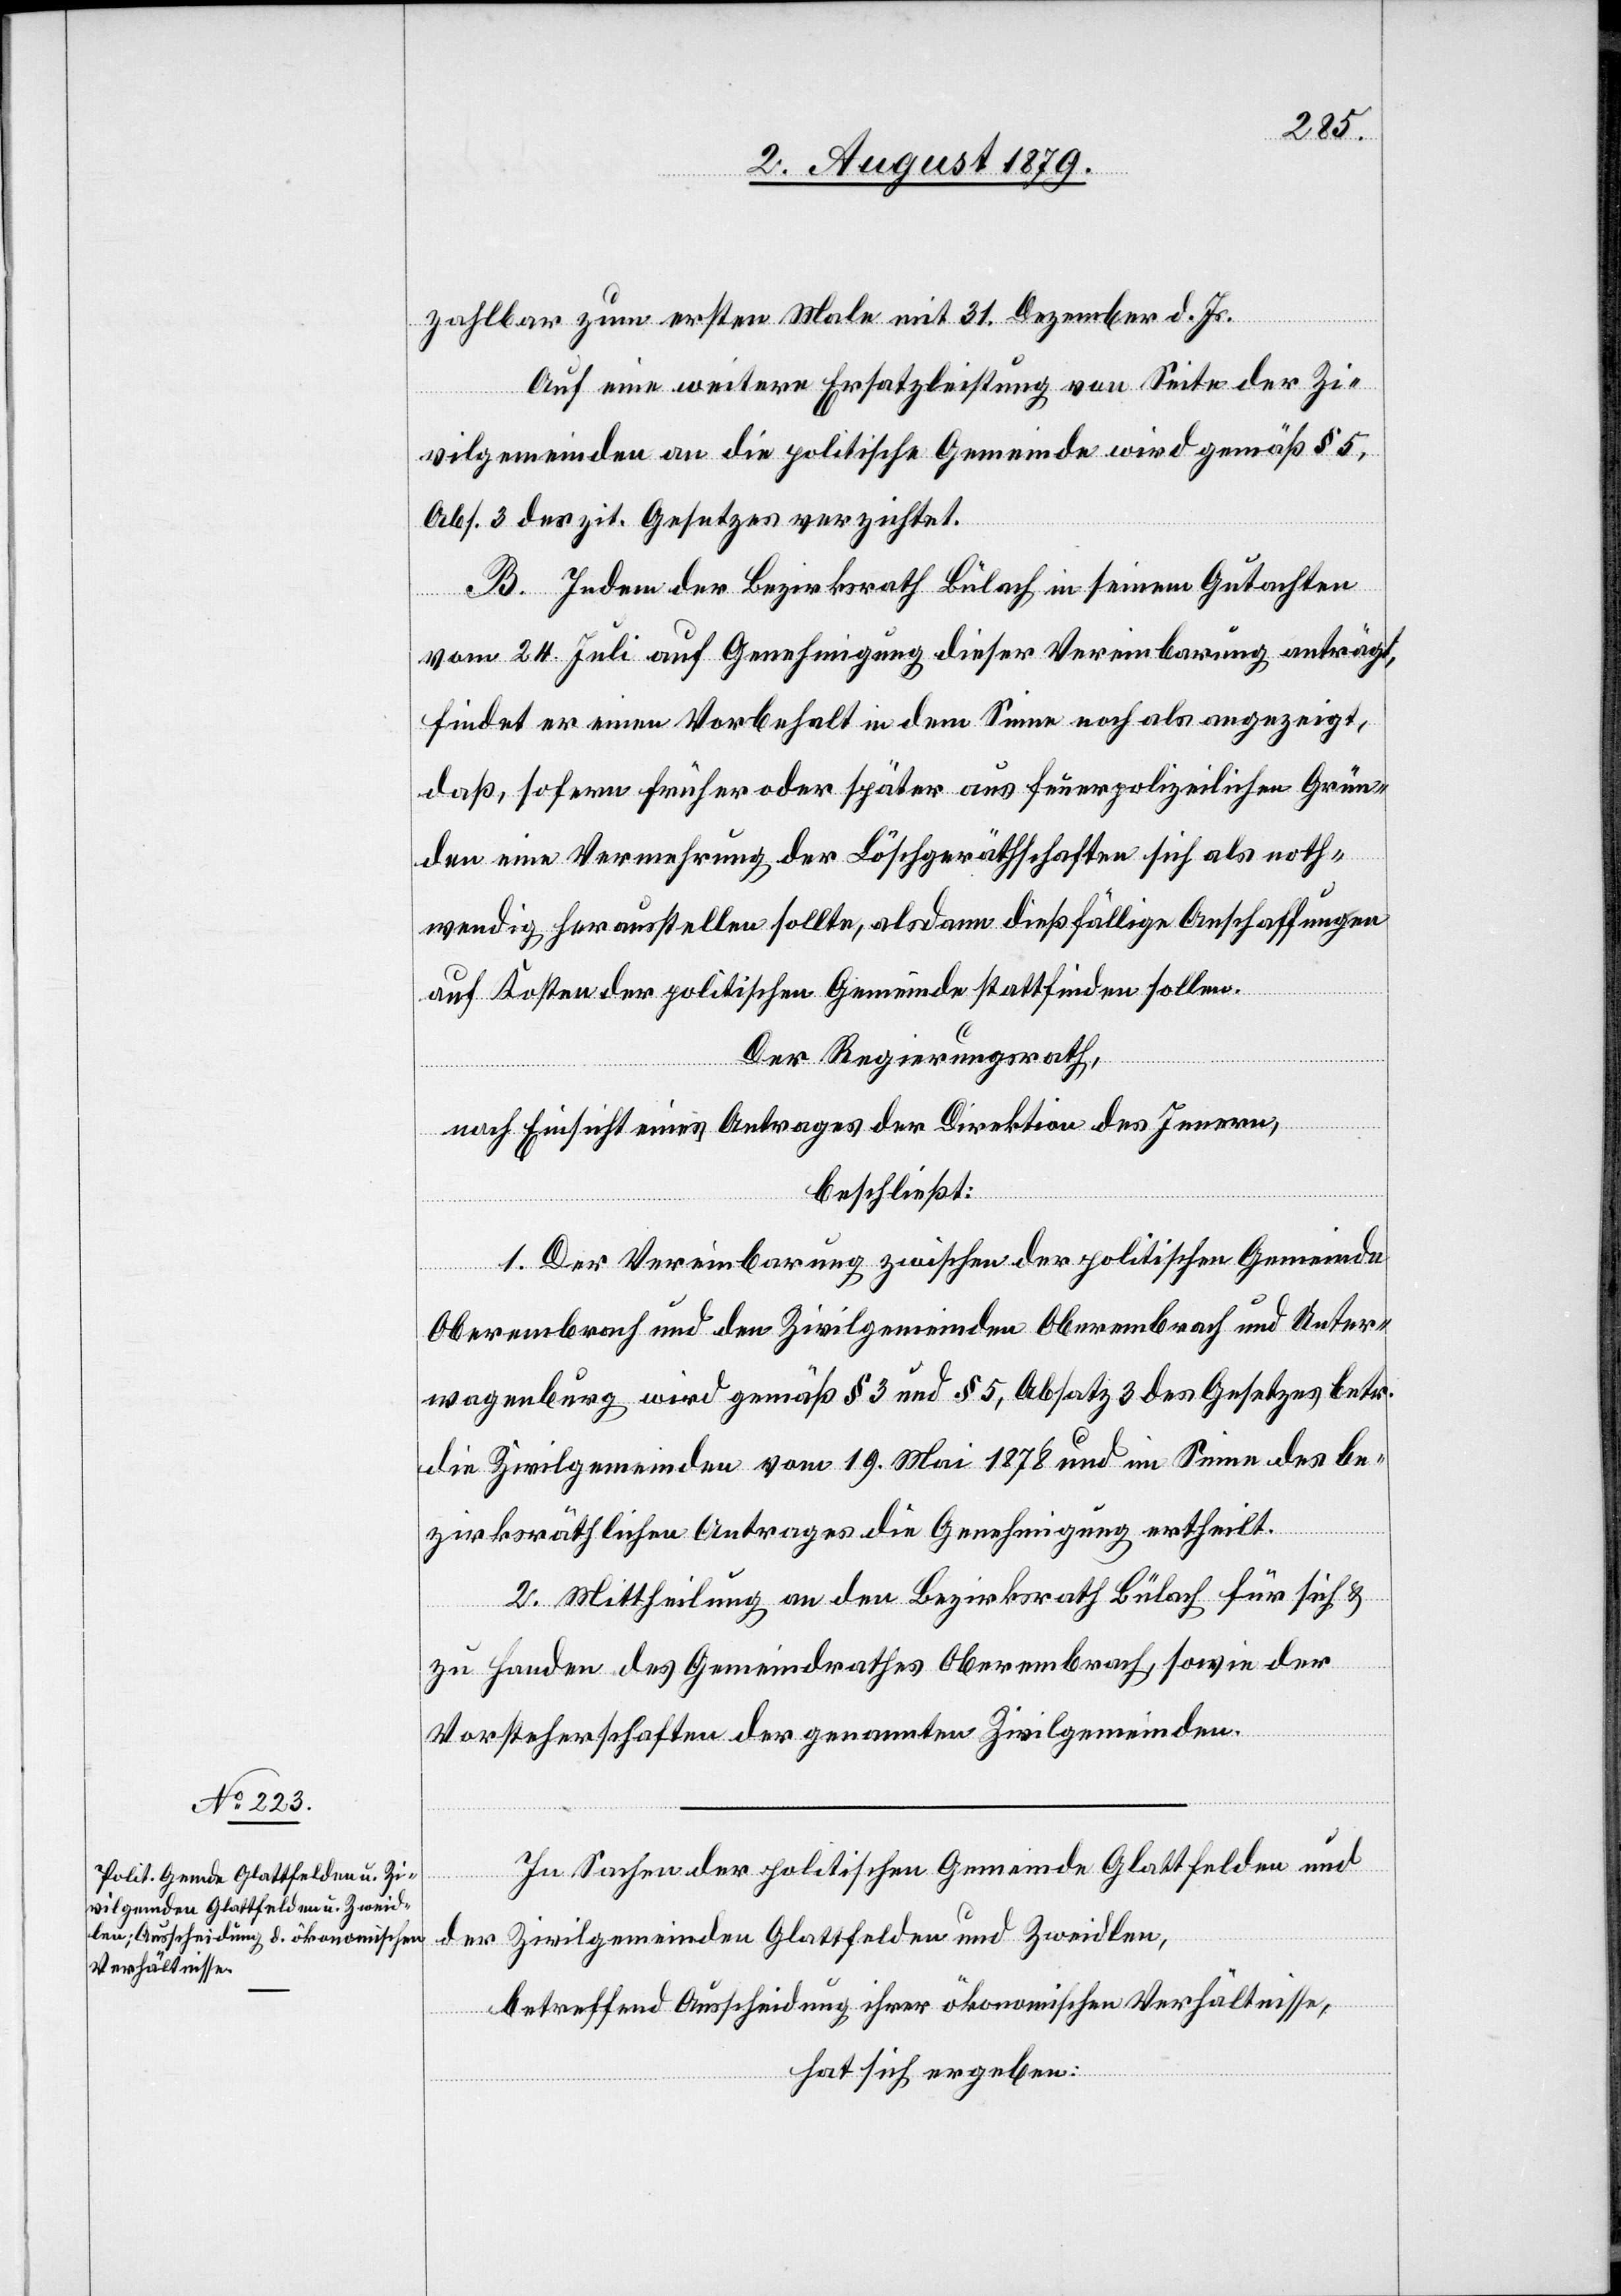
zahlbar zum ersten Male mit 31. Dezember d. Js.
Auf eine weitere Ersatzleistung von Seite der Zi¬
vilgemeinden an die politische Gemeinde wird gemäß § 5,
Abs. 3 des zit. Gesetzes verzichtet.
B. Indem der Bezirksrath Bülach in seinem Gutachten
vom 24. Juli auf Genehmigung dieser Vereinbarung anträgt,
findet er einen Vorbehalt in dem Sinne noch als angezeigt,
daß, sofern früher oder später aus feuerpolizeilichen Grün¬
den eine Vermehrung der Löschgeräthschaften sich als noth¬
wendig herausstellen sollte, alsdann dießfälligen Anschaffungen
auf Kosten der politischen Gemeinde stattfinden sollen.
Der Regierungsrath,
nach Einsicht eines Antrages der Direktion des Innern,
beschließt:
1. Der Vereinbarung zwischen der politischen Gemeinde
Oberembrach und den Zivilgemeinden Oberembrach und Unter¬
wagenburg wird gemäß § 3 und § 5, Absatz 3 des Gesetzes betr.
die Zivilgemeinden vom 19. Mai 1878 und im Sinne des be¬
zirksräthlichen Antrages die Genehmigung ertheilt.
2. Mittheilung an den Bezirksrath Bülach für sich &
zu Handen des Gemeindrathes Oberembrach, sowie der
Vorsteherschaften der genannten Zivilgemeinden.
In Sachen der politischen Gemeinde Glattfelden und
der Zivilgemeinden Glattfelden und Zweidlen,
betreffend Ausscheidung ihrer ökonomischen Verhältnisse,
hat sich ergeben: